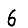
Digit: 6